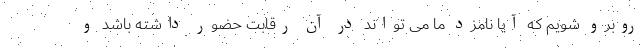
روبرو شویم که آیا نامزد ما می تواند در آن رقابت حضور داشته باشد و